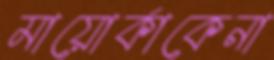
মায়োর্কাকেনা